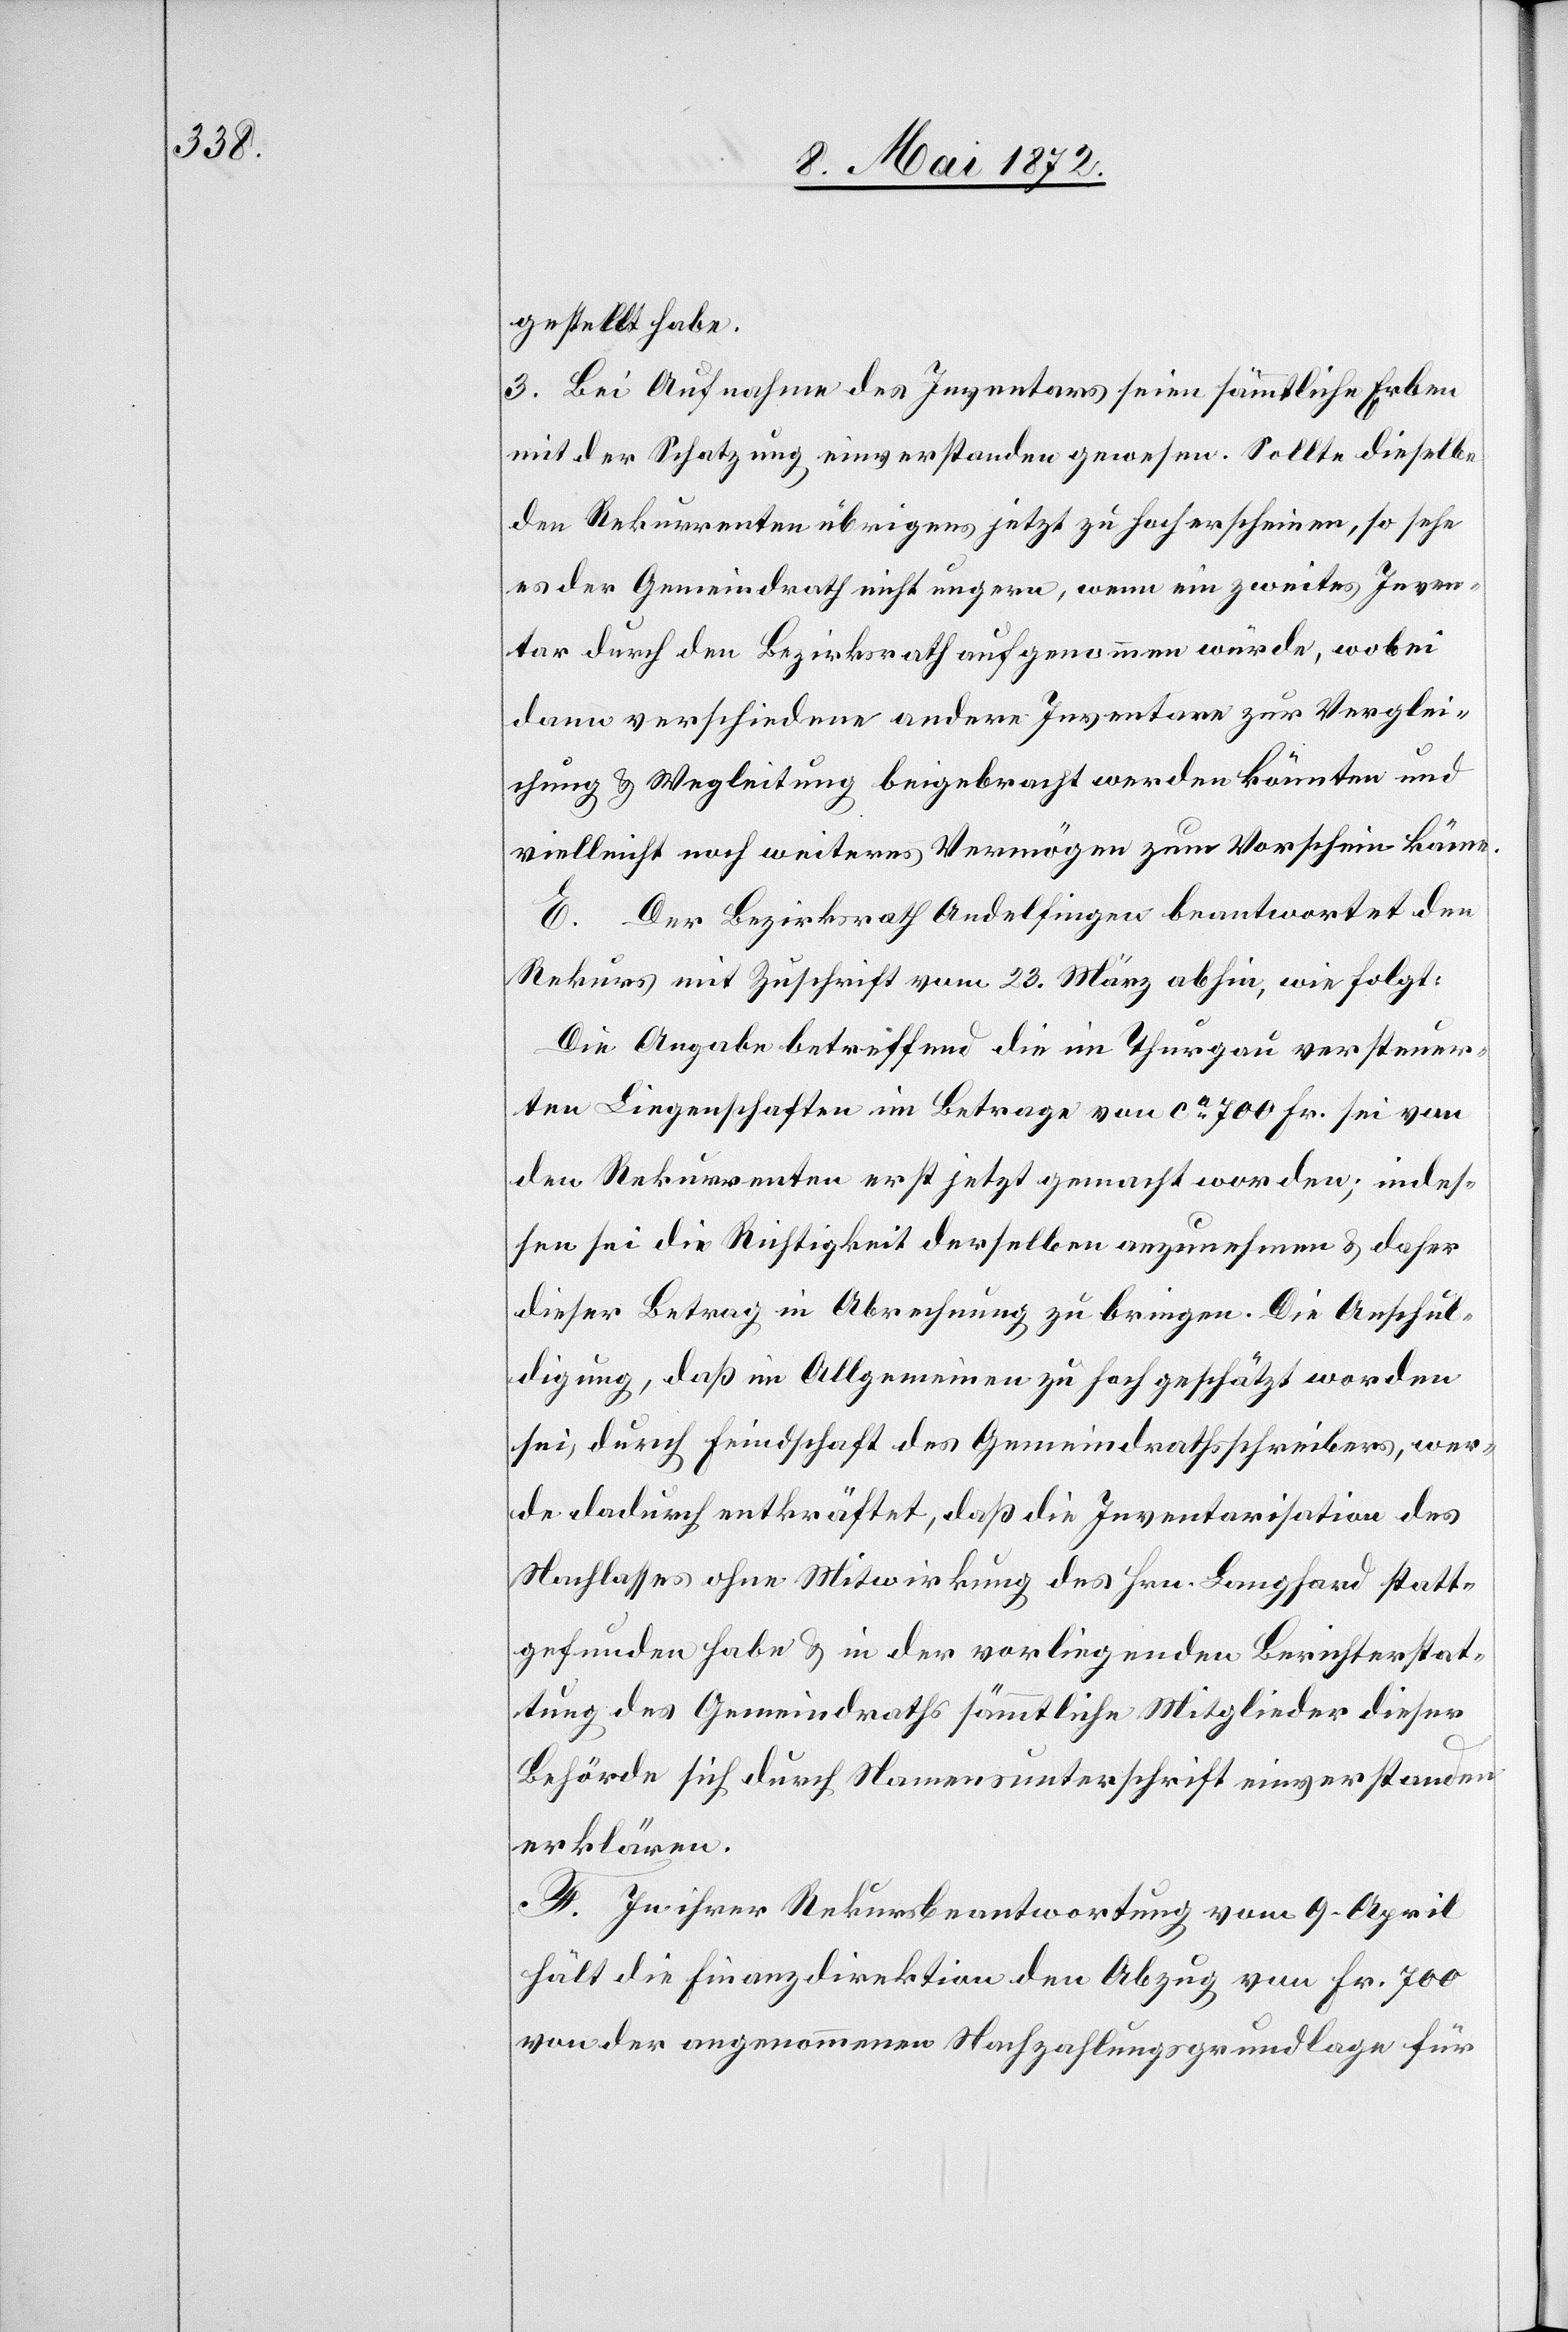
gestellt habe.
3. Bei Aufnahme des Inventars seien sämmtliche Erben
mit der Schatzung einverstanden gewesen. Sollte dieselbe
den Rekurrenten übrigens jetzt zu hoch erscheinen, so sehe
es der Gemeindrath nicht ungern, wenn ein zweites Inven¬
tar durch den Bezirksrath aufgenommen würde, wobei
dann verschiedene andere Inventare zur Verglei¬
chung u. Wegleitung beigebracht werden könnten und
vielleicht noch weiteres Vermögen zum Vorschein käme.
E. Der Bezirksrath Andelfingen beantwortet den
Rekurs mit Zuschrift vom 23. März abhin, wie folgt:
Die Angabe betreffend die im Thurgau versteuer¬
ten Liegenschaften im Betrage von ca 700 Fr. sei von
den Rekurrenten erst jetzt gemacht worden; indes¬
sen sei die Richtigkeit derselben anzunehmen u. daher
dieser Betrag in Abrechnung zu bringen. Die Anschul¬
digung, daß im Allgemeinen zu hoch geschätzt worden
sei, durch Feindschaft des Gemeindrathsschreibers, wer¬
de dadurch entkräftet, daß die Inventarisation des
Nachlasses ohne Mitwirkung des Hrn. Langhard statt¬
gefunden habe u. in der vorliegenden Berichterstat¬
tung des Gemeindrathes sämmtliche Mitglieder dieser
Behörde sich durch Namensunterschrift einverstanden
erklären.
F. In ihrer Rekursbeantwortung vom 9. April
hält die Finanzdirektion den Abzug von Fr. 700
von der angenommenen Nachzahlungsgrundlage für